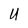
Character: U